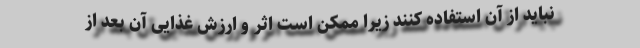
نباید از آن استفاده کنند زیرا ممکن است اثر و ارزش غذایی آن بعد از